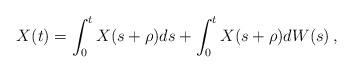
LaTeX: \begin{align*} X(t)=\int_0^t X(s+\rho)ds+\int_0^t X(s+\rho)dW(s)\, ,\end{align*}